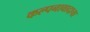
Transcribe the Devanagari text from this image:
कल्पनावादाचा